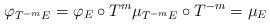
LaTeX: \begin{align*}\varphi_{T^{-m}E}=\varphi_{E}\circ T^{m}\mu_{T^{-m}E}\circ T^{-m}=\mu_{E}\end{align*}